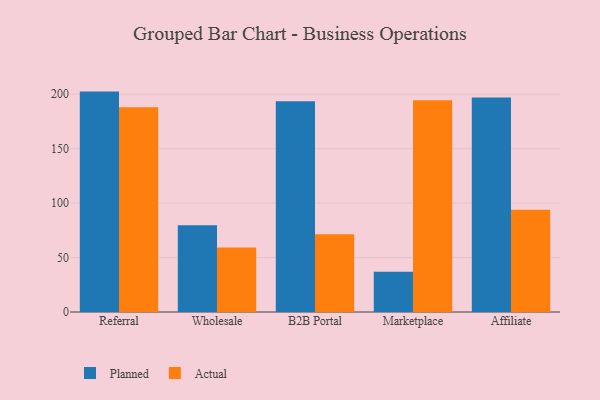
{"axis": {"x": "Channel", "y": "Budget (USD K)"}, "legend": ["Actual", "Planned"], "data": [{"x": "Referral", "y": 202.4, "type": "Planned"}, {"x": "Referral", "y": 188.1, "type": "Actual"}, {"x": "Wholesale", "y": 79.6, "type": "Planned"}, {"x": "Wholesale", "y": 59.2, "type": "Actual"}, {"x": "B2B Portal", "y": 193.5, "type": "Planned"}, {"x": "B2B Portal", "y": 71.3, "type": "Actual"}, {"x": "Marketplace", "y": 37.0, "type": "Planned"}, {"x": "Marketplace", "y": 194.5, "type": "Actual"}, {"x": "Affiliate", "y": 196.9, "type": "Planned"}, {"x": "Affiliate", "y": 93.8, "type": "Actual"}]}